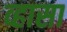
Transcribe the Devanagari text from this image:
व्हासा